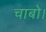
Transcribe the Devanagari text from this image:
चाबो।